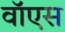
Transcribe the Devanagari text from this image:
वॉएस